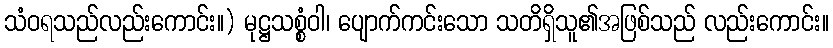
သံဝရသည်လည်းကောင်း။) မုဋ္ဌသစ္စံဝါ၊ ပျောက်ကင်းသော သတိရှိသူ၏အဖြစ်သည် လည်းကောင်း။